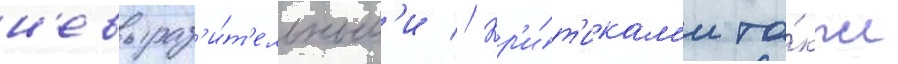
н'евыраз'и́т'ельным'и // Кр'и́т'икам'и та́кже